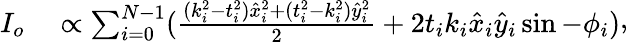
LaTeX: \begin{array}{rl}{I_{o}}&{{}\propto\sum_{i=0}^{N-1}(\frac{(k_{i}^{2}-t_{i}^{2})\hat{x}_{i}^{2}+(t_{i}^{2}-k_{i}^{2})\hat{y}_{i}^{2}}{2}+2t_{i}k_{i}\hat{x}_{i}\hat{y}_{i}\sin-\phi_{i})}\end{array},